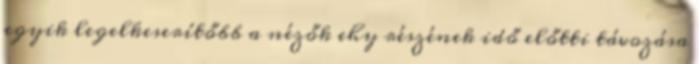
egyik legelkeserítőbb a nézők ehy részének idő előtti távozása